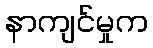
နာကျင်မှုက